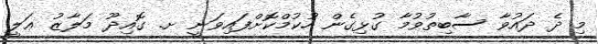
މި ދެ ދައުވާ ސާބިތުވުމާ ގުޅިގެން ހުކުމްކޮށްފައިވަނީ ށ. ގޮއިދޫ މަލާޒު ޢަލީ